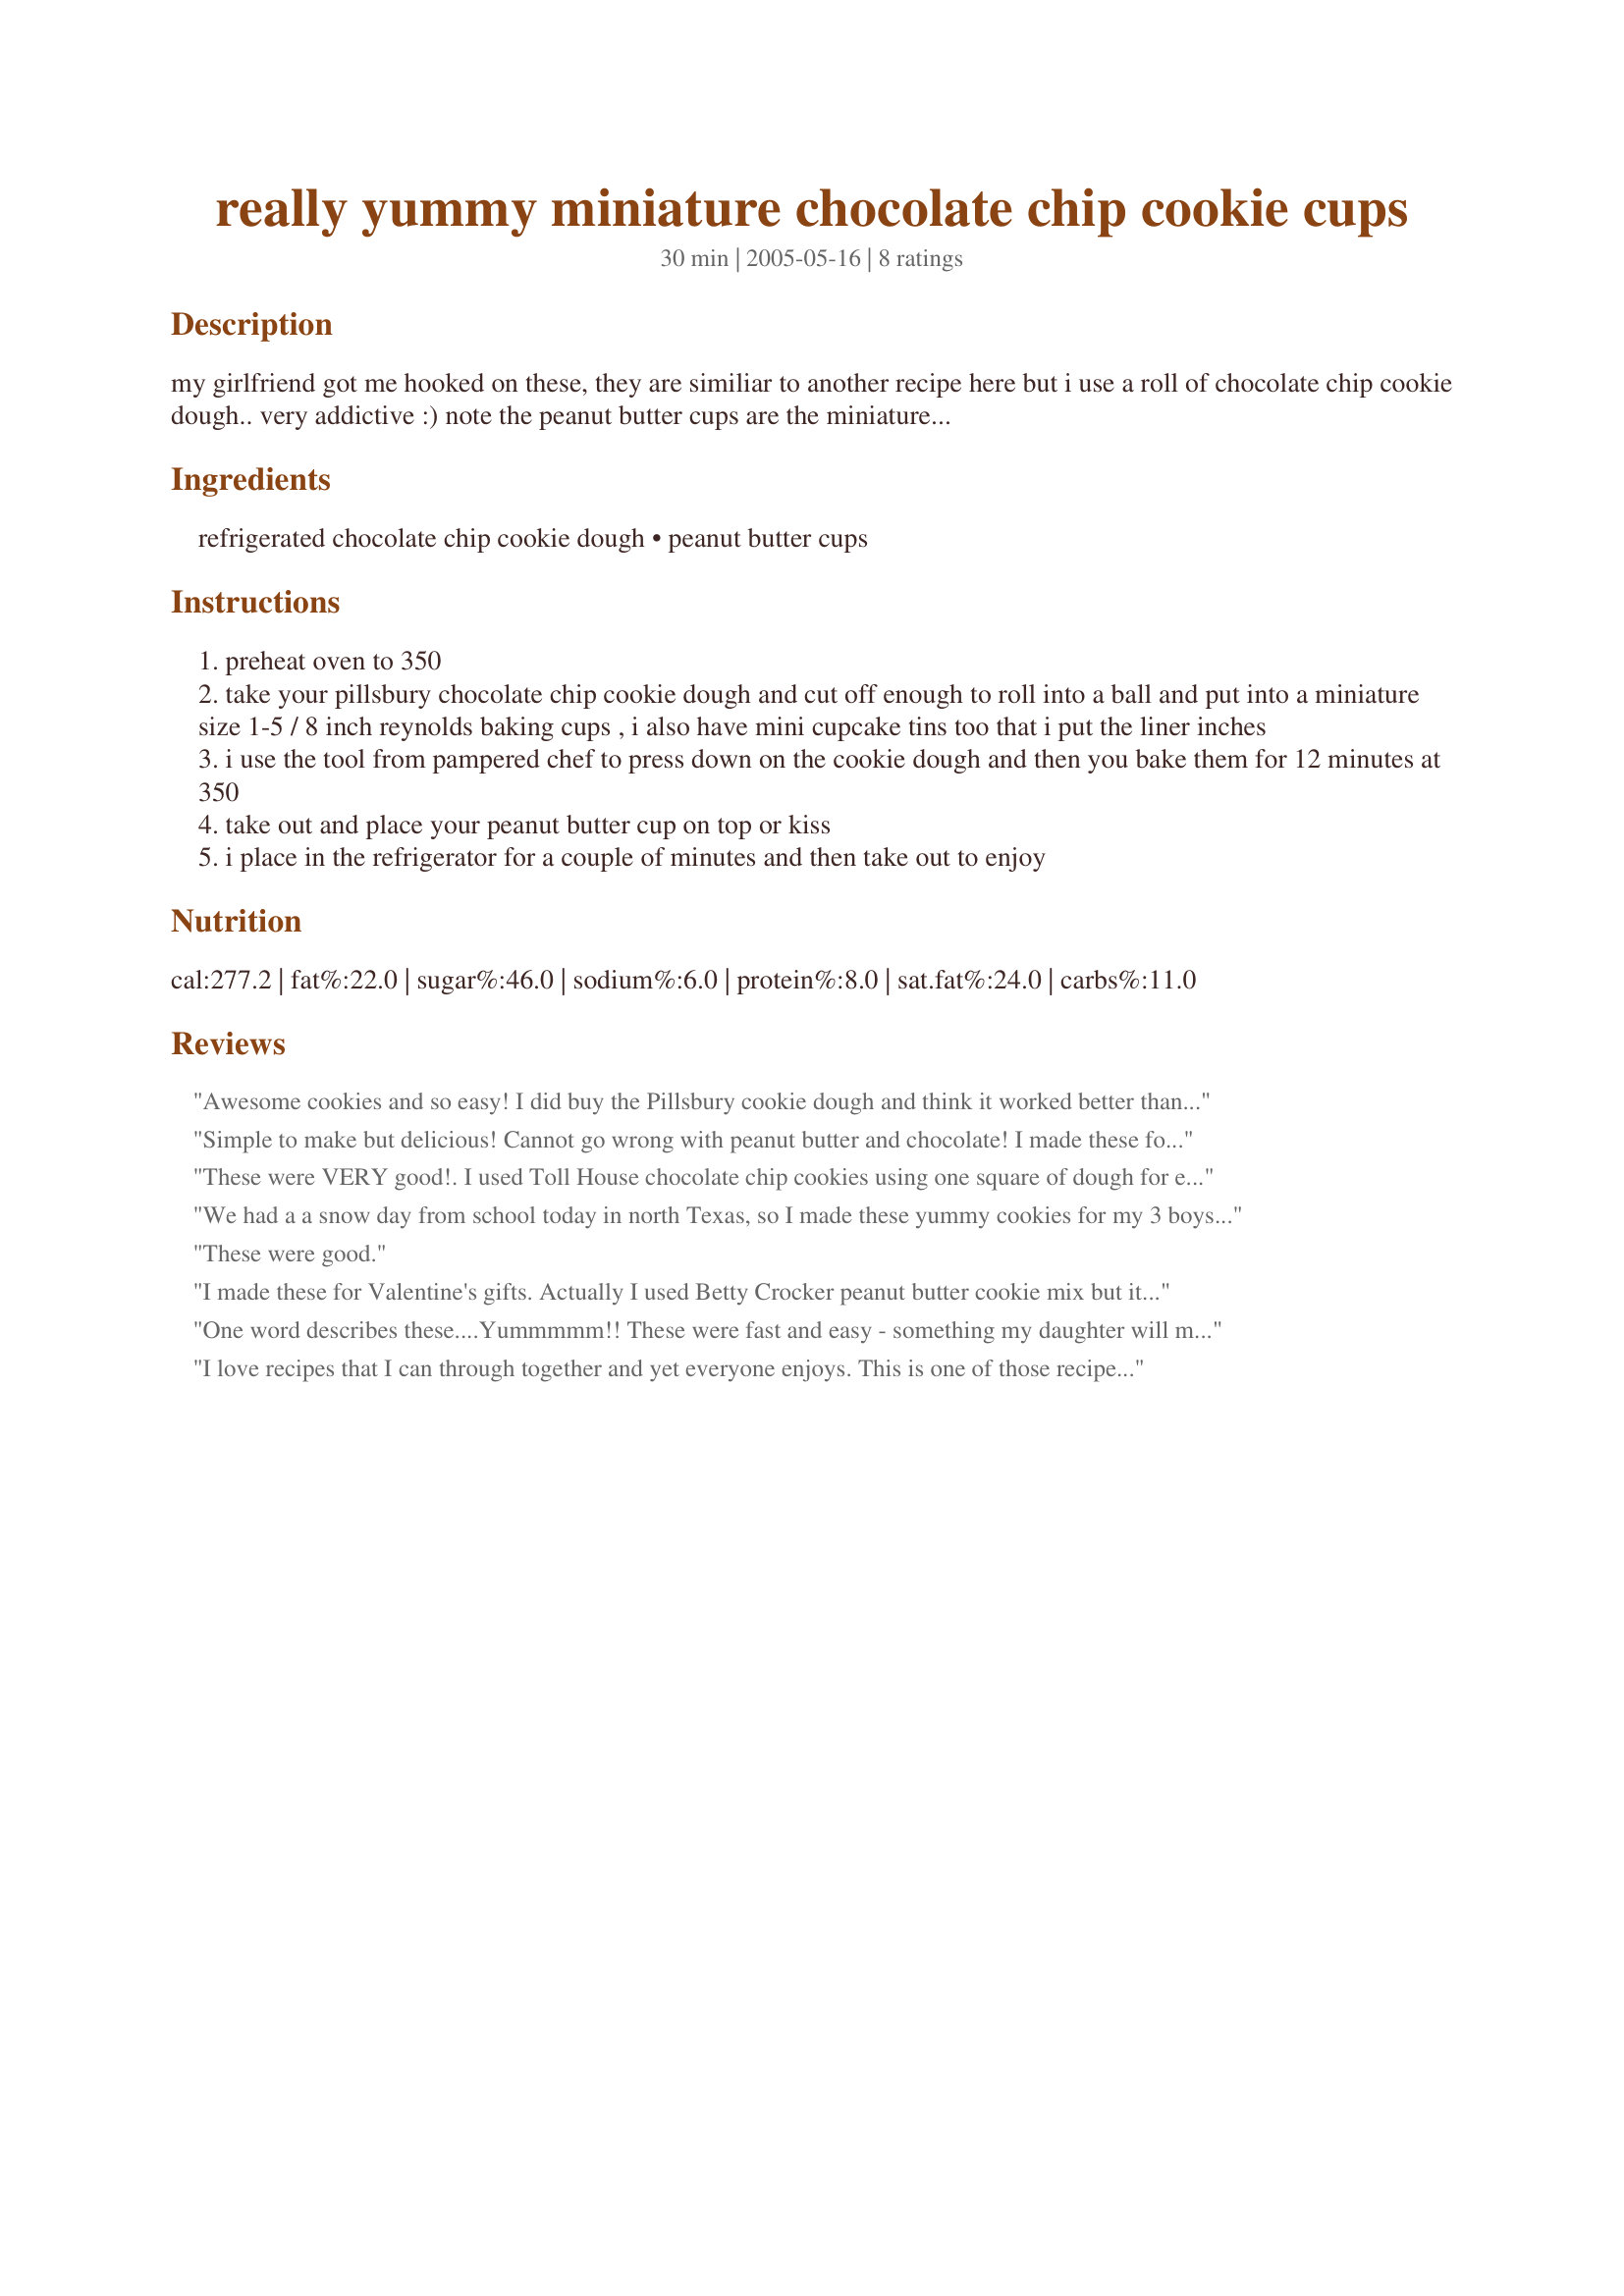
really yummy miniature chocolate chip cookie cups
Preparation time: 30 minutes

my girlfriend got me hooked on these, they are similiar to another recipe here but i use a roll of chocolate chip cookie dough.. very addictive :)

note the peanut butter cups are the miniature ones. if you would like you can also put hershey kisses on some of them but didn't add that in the ingredients.

also i buy the 100 mini size of the reynolds baking cups and use them for this recipe.

Ingredients:
refrigerated chocolate chip cookie dough, peanut butter cups

Steps:
preheat oven to 350
take your pillsbury chocolate chip cookie dough and cut off enough to roll into a ball and put into a miniature size 1-5 / 8 inch reynolds baking cups , i also have mini cupcake tins too that i put the liner inches
i use the tool from pampered chef to press down on the cookie dough and then you bake them for 12 minutes at 350
take out and place your peanut butter cup on top or kiss
i place in the refrigerator for a couple of minutes and then take out to enjoy

Reviews:
Awesome cookies and so easy! I did buy the Pillsbury cookie dough and think it worked better than a store brand dough. After placing the peanut butter cup in the center of the cookie they melt just a bit and get a glossy look. Very pretty and so good! Thank you sweetie for posting your recipe!
Simple to make but delicious! Cannot go wrong with peanut butter and chocolate! I made these for my Christmas cookie trays and everyone loved them! Thanks faith58
These were VERY good!. I used Toll House chocolate chip cookies using one square of dough for each cookie. Next time I would use 1 square for 2 cookies. I put the peanut butter cups in as directed but put the trays back in the oven for a moment or two so the cups could "nestle" in. Then I goofed and allowed them to cook in the trays. When cool they would not come out. So back into the oven for another moment and they twisted right out. Wonderful addition to my cookie tray. And so very easy, too. Thanks for the recipe, faith58!
We had a a snow day from school today in north Texas, so I made these yummy cookies for my 3 boys (I had one too)! This was so easy to prepare. I used my mini-muffin pan without cupcake liners and it worked out fine. I had leftover Christmas candy that I used and it worked too. I will be making these again. Thanks, faith58 for a quick, tasty dessert!
These were good.
I made these for Valentine's gifts. Actually I used Betty Crocker peanut butter cookie mix but it worked great. I topped some of them with red/white sprinkles and some of them with a crushed granola bar. (Got the idea from a Pillsbury bake-off winner) Anyway is a great recipe! I will make these again for potluck! :)
One word describes these....Yummmmm!! These were fast and easy - something my daughter will make on her own in the future. We made 24 cookies out of the one roll of cookie dough and used peanut butter cups. Thanks for a young-baker-friendly recipe that all of the family enjoyed (and asked us to make again)! Had to update this - my nephew (age 6) helped me make these recently. He was so proud of his accomplishment! This has to be one of the best recipes to get kids interested in cooking. Thanks again faith58!
I love recipes that I can through together and yet everyone enjoys. This is one of those recipes. Quick, easy, looks great and tastes even better.
